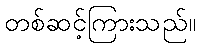
တစ်ဆင့်ကြားသည်။